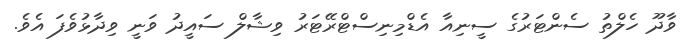
ވާދޫ ހެލްތު ސެންޓަރުގެ ސީނިއާ އެޑްމިނިސްޓްރޭޓަރު ވިޝާލް ސައީދު ވަނީ ވިދާޅުވެފަ އެވެ.